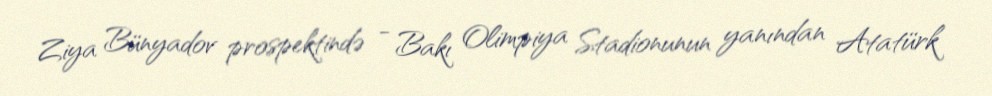
Ziya Bünyadov prospektində - Bakı Olimpiya Stadionunun yanından Atatürk